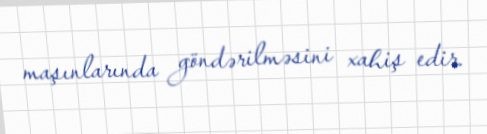
maşınlarında göndərilməsini xahiş edir.